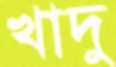
খাদু